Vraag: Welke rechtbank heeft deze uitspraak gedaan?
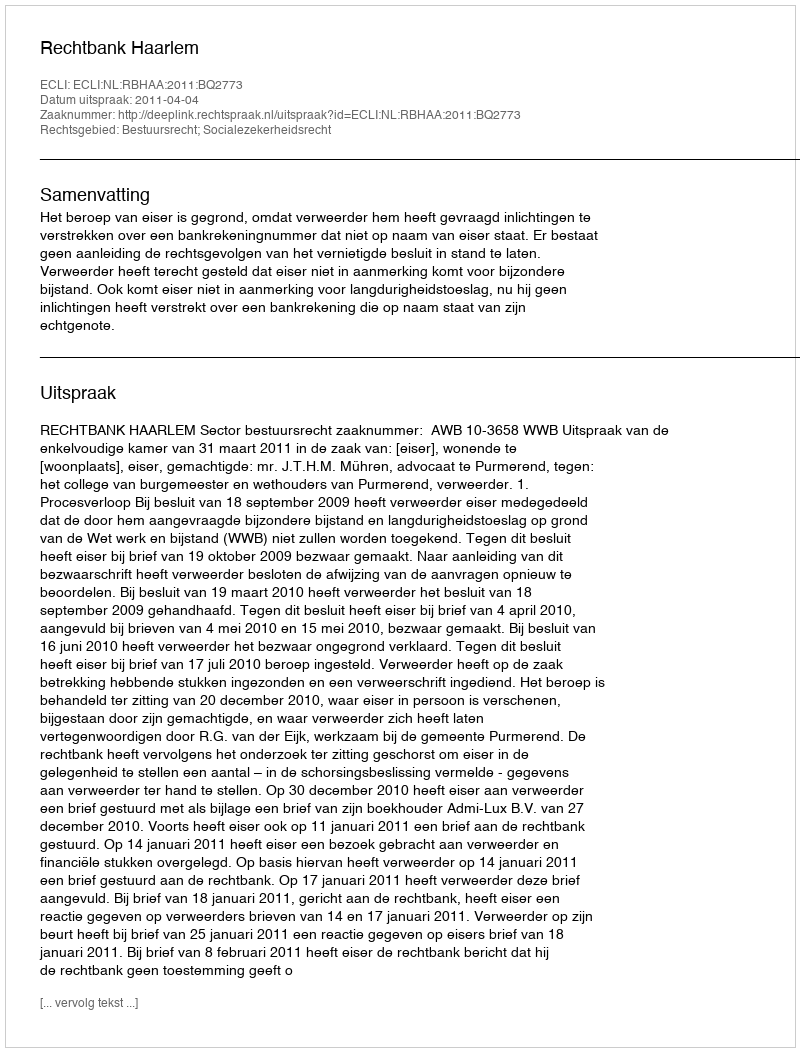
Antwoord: Rechtbank Haarlem